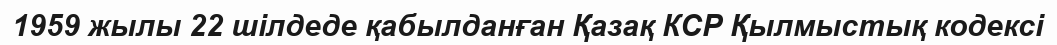
1959 жылы 22 шілдеде қабылданған Қазақ КСР Қылмыстық кодексі